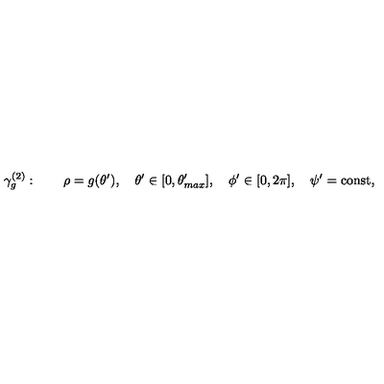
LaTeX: \gamma _ { g } ^ { ( 2 ) } : \quad \quad \rho = g ( \theta ^ { \prime } ) , \quad \theta ^ { \prime } \in [ 0 , \theta _ { m a x } ^ { \prime } ] , \quad \phi ^ { \prime } \in [ 0 , 2 \pi ] , \quad \psi ^ { \prime } = \mathrm { c o n s t } ,